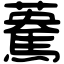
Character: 𩤯